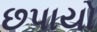
છપાયો